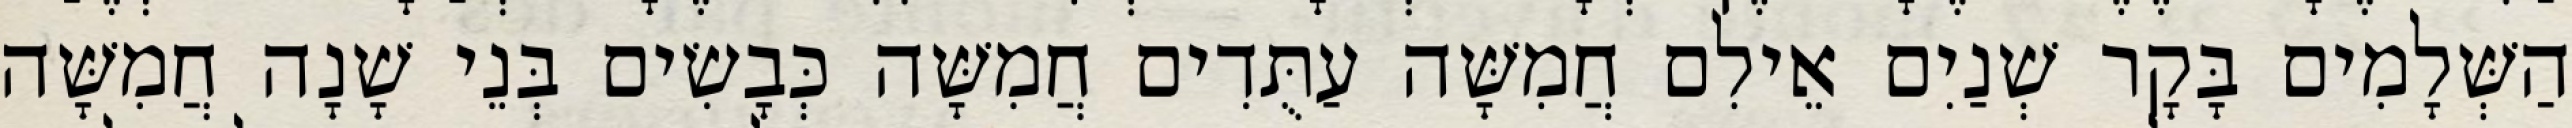
הַשְּׁלָמִים בָּקָר שְׁנַיִם אֵילִם חֲמִשָּׁה עַתֻּדִים חֲמִשָּׁה כְּבָשִׂים בְּנֵי שָׁנָה חֲמִשָּׁה